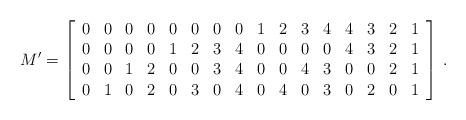
LaTeX: \begin{align*}M' &= \left[\begin{array}{c c c c c c c c c c c c c c c c}0 & 0 & 0 & 0 & 0 & 0 & 0 & 0 & 1 & 2 & 3 & 4 & 4 & 3 & 2 & 1\\0 & 0 & 0 & 0 & 1 & 2 & 3 & 4 & 0 & 0 & 0 & 0 & 4 & 3 & 2 & 1\\0 & 0 & 1 & 2 & 0 & 0 & 3 & 4 & 0 & 0 & 4 & 3 & 0 & 0 & 2 & 1 \\0 & 1 & 0 & 2 & 0 & 3 & 0 & 4 & 0 & 4 & 0 & 3 & 0 & 2 & 0 & 1 \end{array} \right]\,. \end{align*}